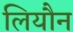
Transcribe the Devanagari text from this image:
लियौन